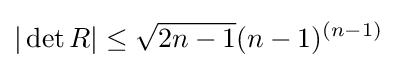
|\det R|\leq {\sqrt {2n-1}}(n-1)^{(n-1)}